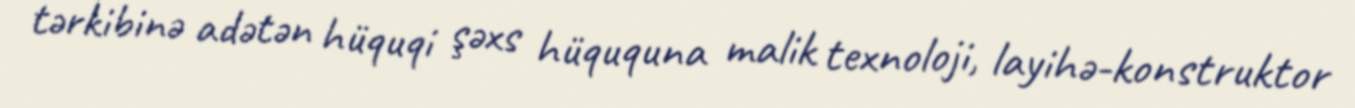
tərkibinə adətən hüquqi şəxs hüququna malik texnoloji, layihə-konstruktor